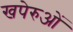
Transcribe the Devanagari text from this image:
खपेरुओं